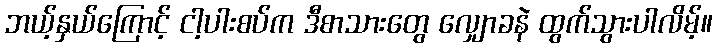
ဘယ့်နှယ်ကြောင့် ငါ့ပါးစပ်က ဒီစာသားတွေ လျှောခနဲ ထွက်သွားပါလိမ့်။